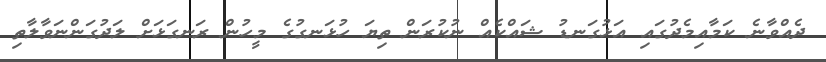
ދެއްވާނެ ކަމާއިމެދުގައި އަޅުގަނޑު ޝައްކެއް ނުކުރަން ތިޔަ ހުޅަނގުގެ މީހުން ރަނގަޅަށް ލަދުގަންނަވާލާތި